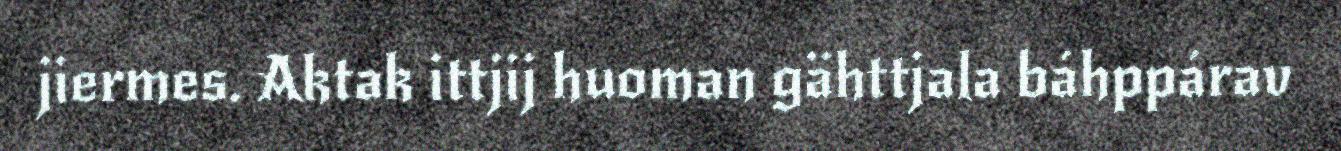
jiermes. Aktak ittjij huoman gähttjala báhppárav